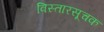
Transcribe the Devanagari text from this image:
विस्तारसूचक